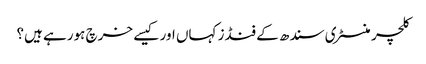
کلچر منسٹری سندھ کے فنڈز کہاں اور کیسے خرچ ہورہے ہیں؟